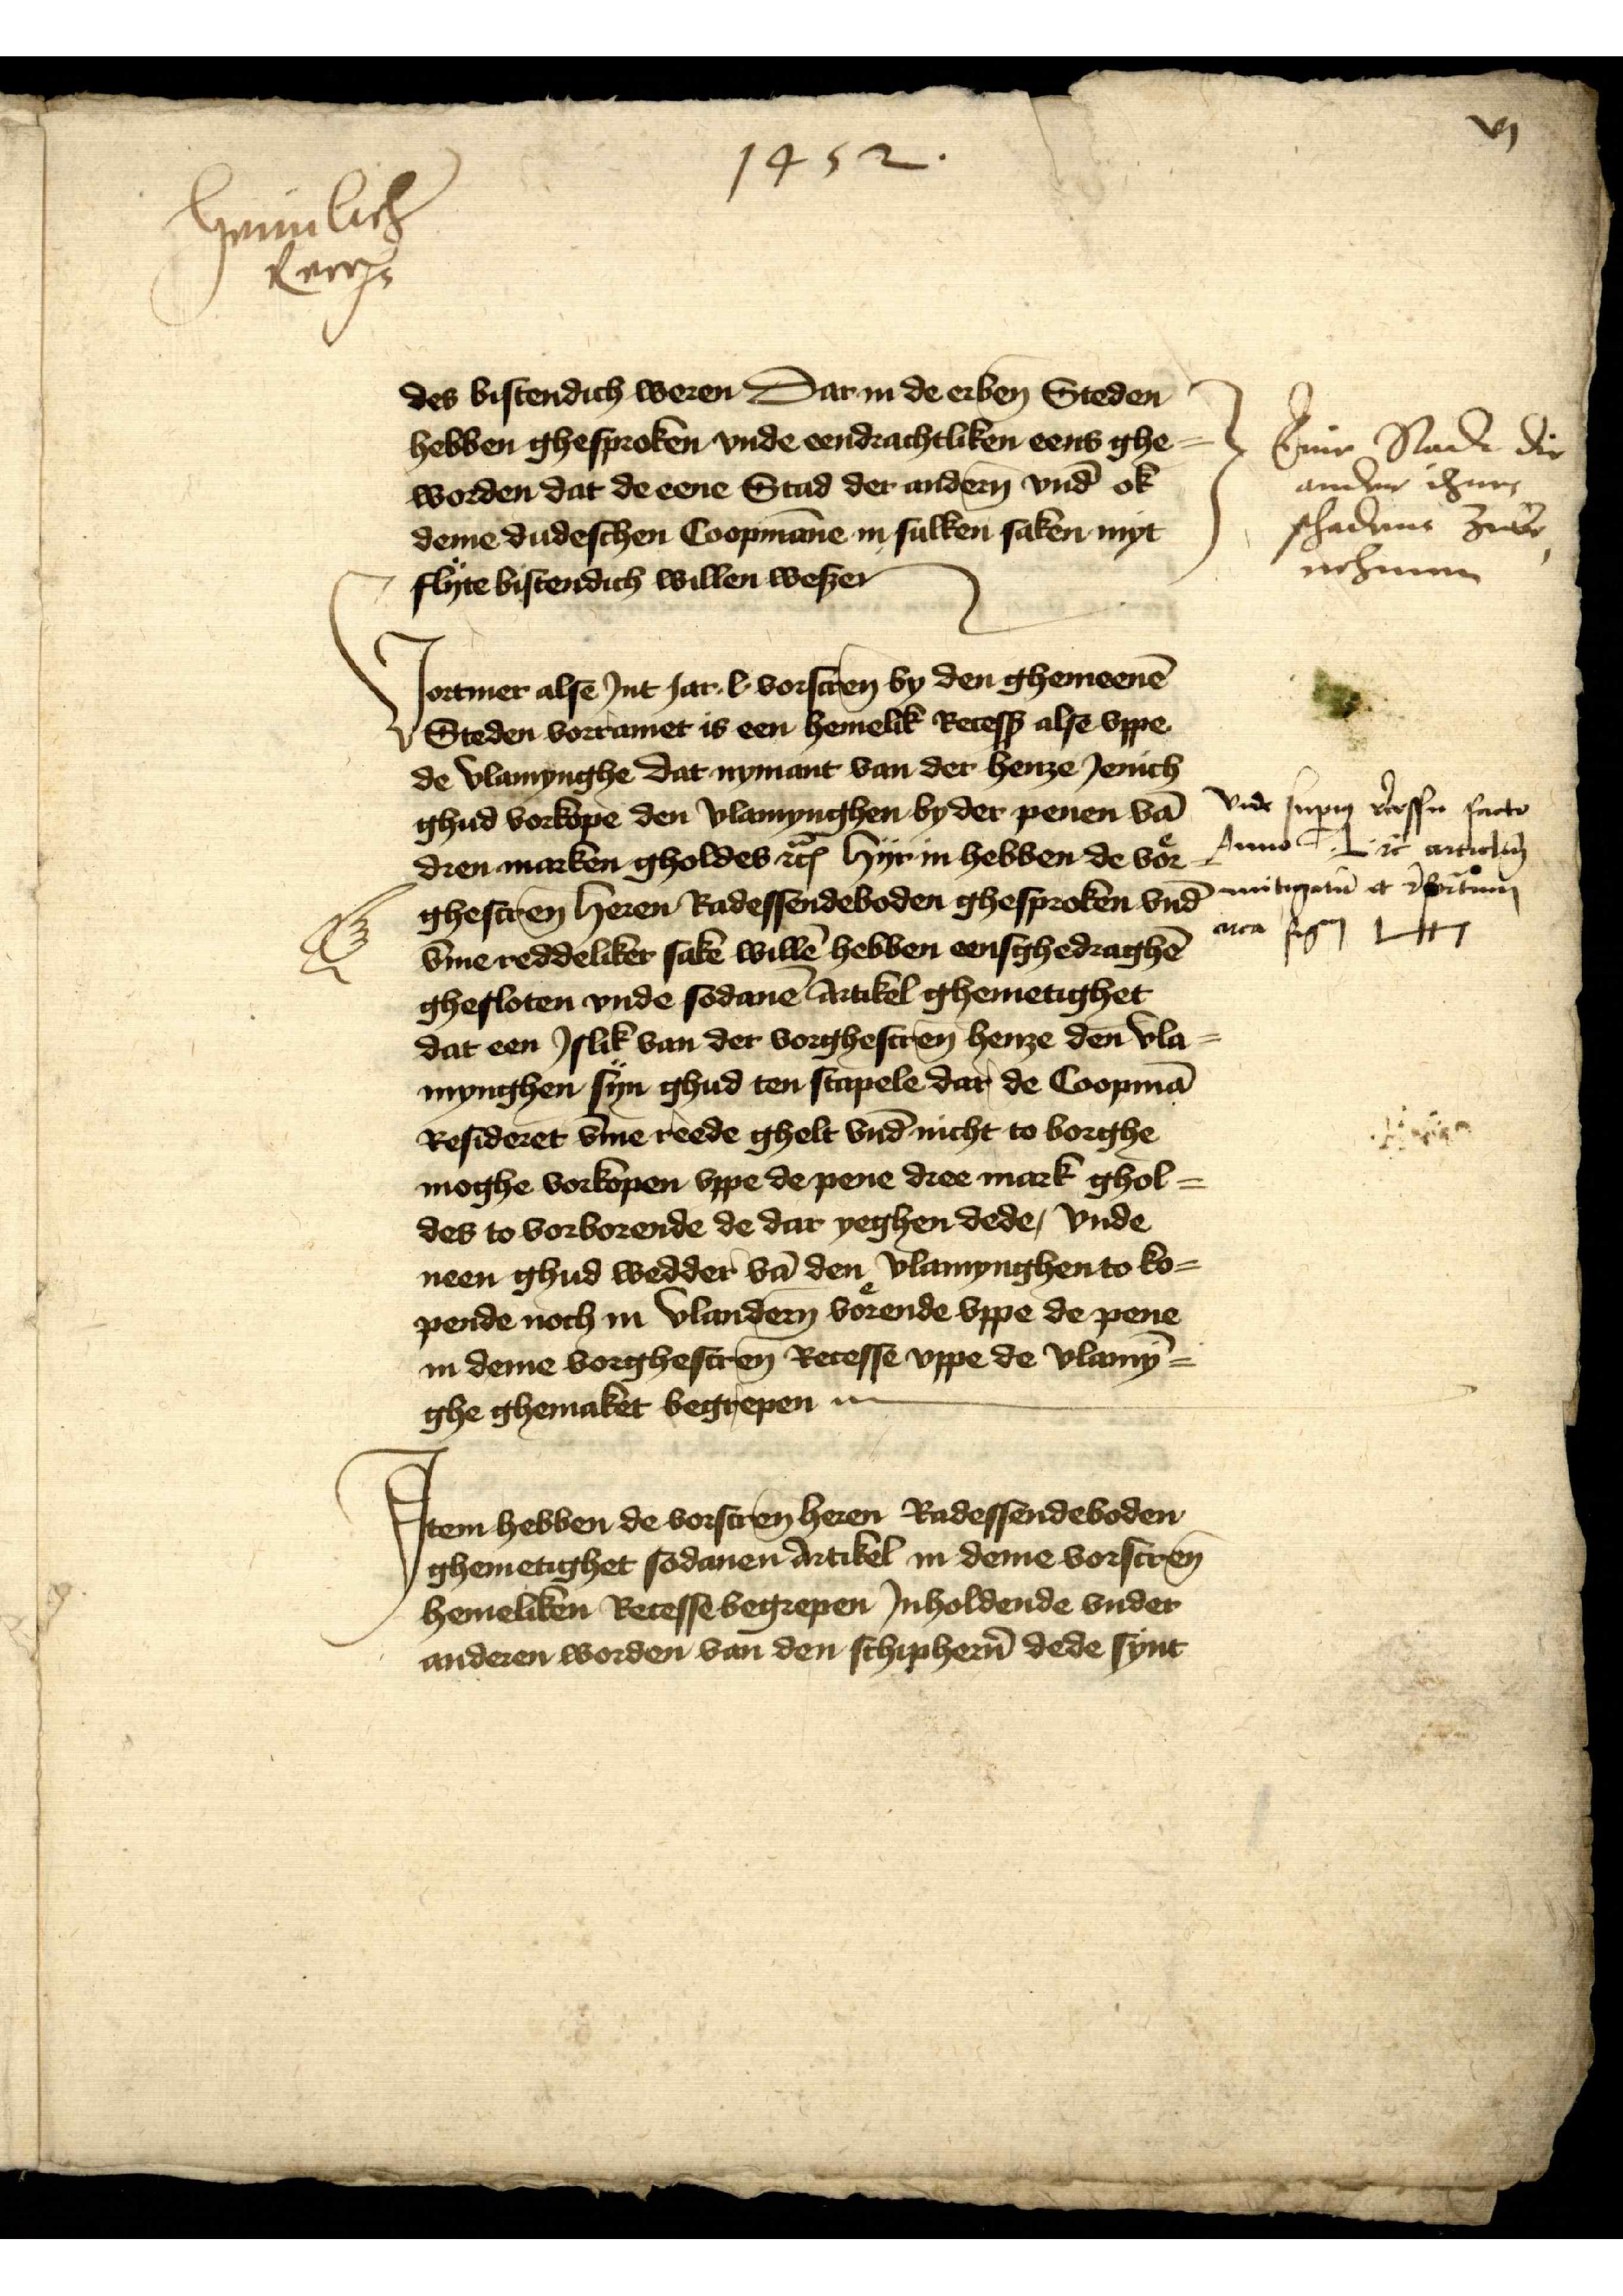
vj

1452

heimlich
Recess

des bistendich weren Dar in de erben̄ Steden
hebben ghesproken vnde eendrachtliken eens ghe¬
worden dat de eene Stad der ander̉n vnd ok
deme dudeschen Coopmāne in sulken saken myt
flyte bistendich willen wesen.

V

ortmer alse Int Jar l vorscrēn by den ghemeenē
Steden vorramet is een hemelik Recess alse vppe
de vlamynghe dat nymant van der henze Jenich
ghud vorkope den Vlamynghen by der penen vā
dren marken gholdes etꝬ hyr in hebben de voͤr¬
ghescrēn Heren Radessendeboden ghesproken vnd
v̄me reddeliker sake willē hebben ensghedraghē
ghesloten vnde sodanē artikel ghemetighet
dat een Jslik van der vorghescrēn henze den Vla¬
mynghen syn ghud ten stapele dar de Coopmā
Resideret v̄me reede ghelt vnd nicht to borghe
moghe vorkopen vppe de pene dree mark ghol¬
des to vorborende de dar yeghen dede, vnde
neen ghud wedder vā den Vlamynghen to ko¬
pende noch in Vlandern voͤrende vppe de pene
in deme vorghescrēn Recesse vppe de Vlamy¬
ghe ghemaket begrepen ...

Eine Stadt die
andere ihres
schadens zube¬
nehmen
vnde supig r̉cesse facto
Anno 1 etꝬ articlen
mitigatu et Borm
rta seen t4

J

tem hebben de vorscrēn heren Radessendeboden
ghemetighet sodanen Artikel in deme vorscrēn
hemeliken Recesse begrepen Jnholdende vnder
anderen worden van den schipher̉n dede synt